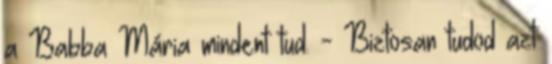
a Babba Mária mindent tud. - Biztosan tudod azt